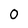
Character: 0